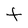
Character: t